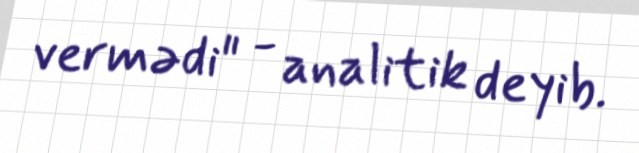
vermədi" - analitik deyib.